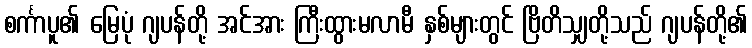
စင်္ကာပူ၏ မြေပုံ ဂျပန်တို့ အင်အား ကြီးထွားမလာမီ နှစ်များတွင် ဗြိတိသျှတို့သည် ဂျပန်တို့၏